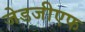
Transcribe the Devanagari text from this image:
जेडजीएफ